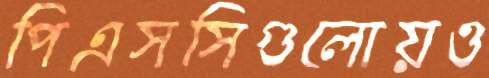
পিএসসিগুলোয়ও